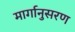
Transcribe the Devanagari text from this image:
मार्गानुसरण